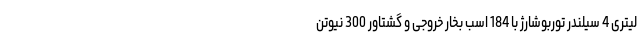
لیتری 4 سیلندر توربوشارژ با 184 اسب بخار خروجی و گشتاور 300 نیوتن